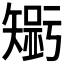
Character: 𱳤